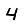
Digit: 4